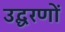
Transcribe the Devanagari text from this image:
उद्घरणों